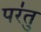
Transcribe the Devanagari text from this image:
पर॑तु